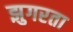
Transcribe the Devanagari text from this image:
झुगरता